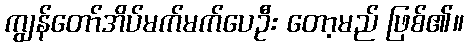
ကျွန်တော်အိပ်မက်မက်ပေဦး တော့မည် ဖြစ်၏။